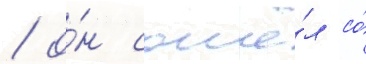
/ о́н сошё́л со́